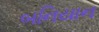
બનિયાન